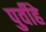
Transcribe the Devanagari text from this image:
पुर्वीहे